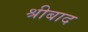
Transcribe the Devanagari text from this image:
श्रीबाद